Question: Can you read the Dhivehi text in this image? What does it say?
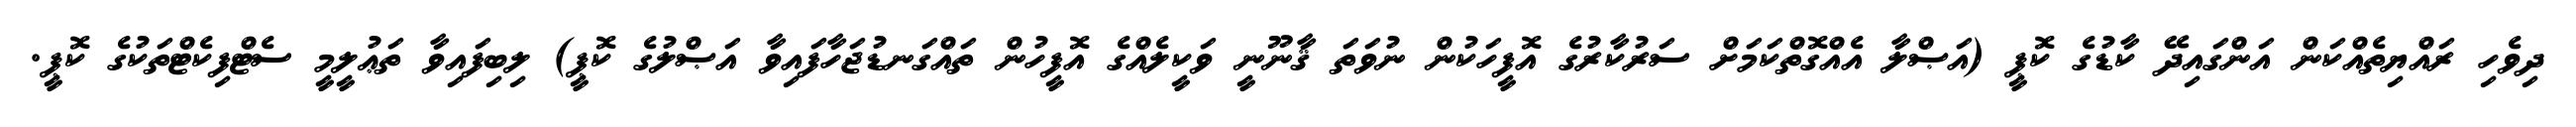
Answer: ދިވެހި ރައްޔިތެއްކަން އަންގައިދޭ ކާޑުގެ ކޮޕީ (އަޞްލާ އެއްގޮތްކަމަށް ސަރުކާރުގެ އޮފީހަކުން ނުވަތަ ޤާނޫނީ ވަކީލެއްގެ އޮފީހުން ތައްގަނޑުޖަހާފައިވާ އަޞްލުގެ ކޮޕީ) ލިބިފައިވާ ތަޢުލީމީ ސެޓްފިކެޓްތަކުގެ ކޮޕީ.